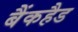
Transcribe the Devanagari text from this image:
बैंकहैड